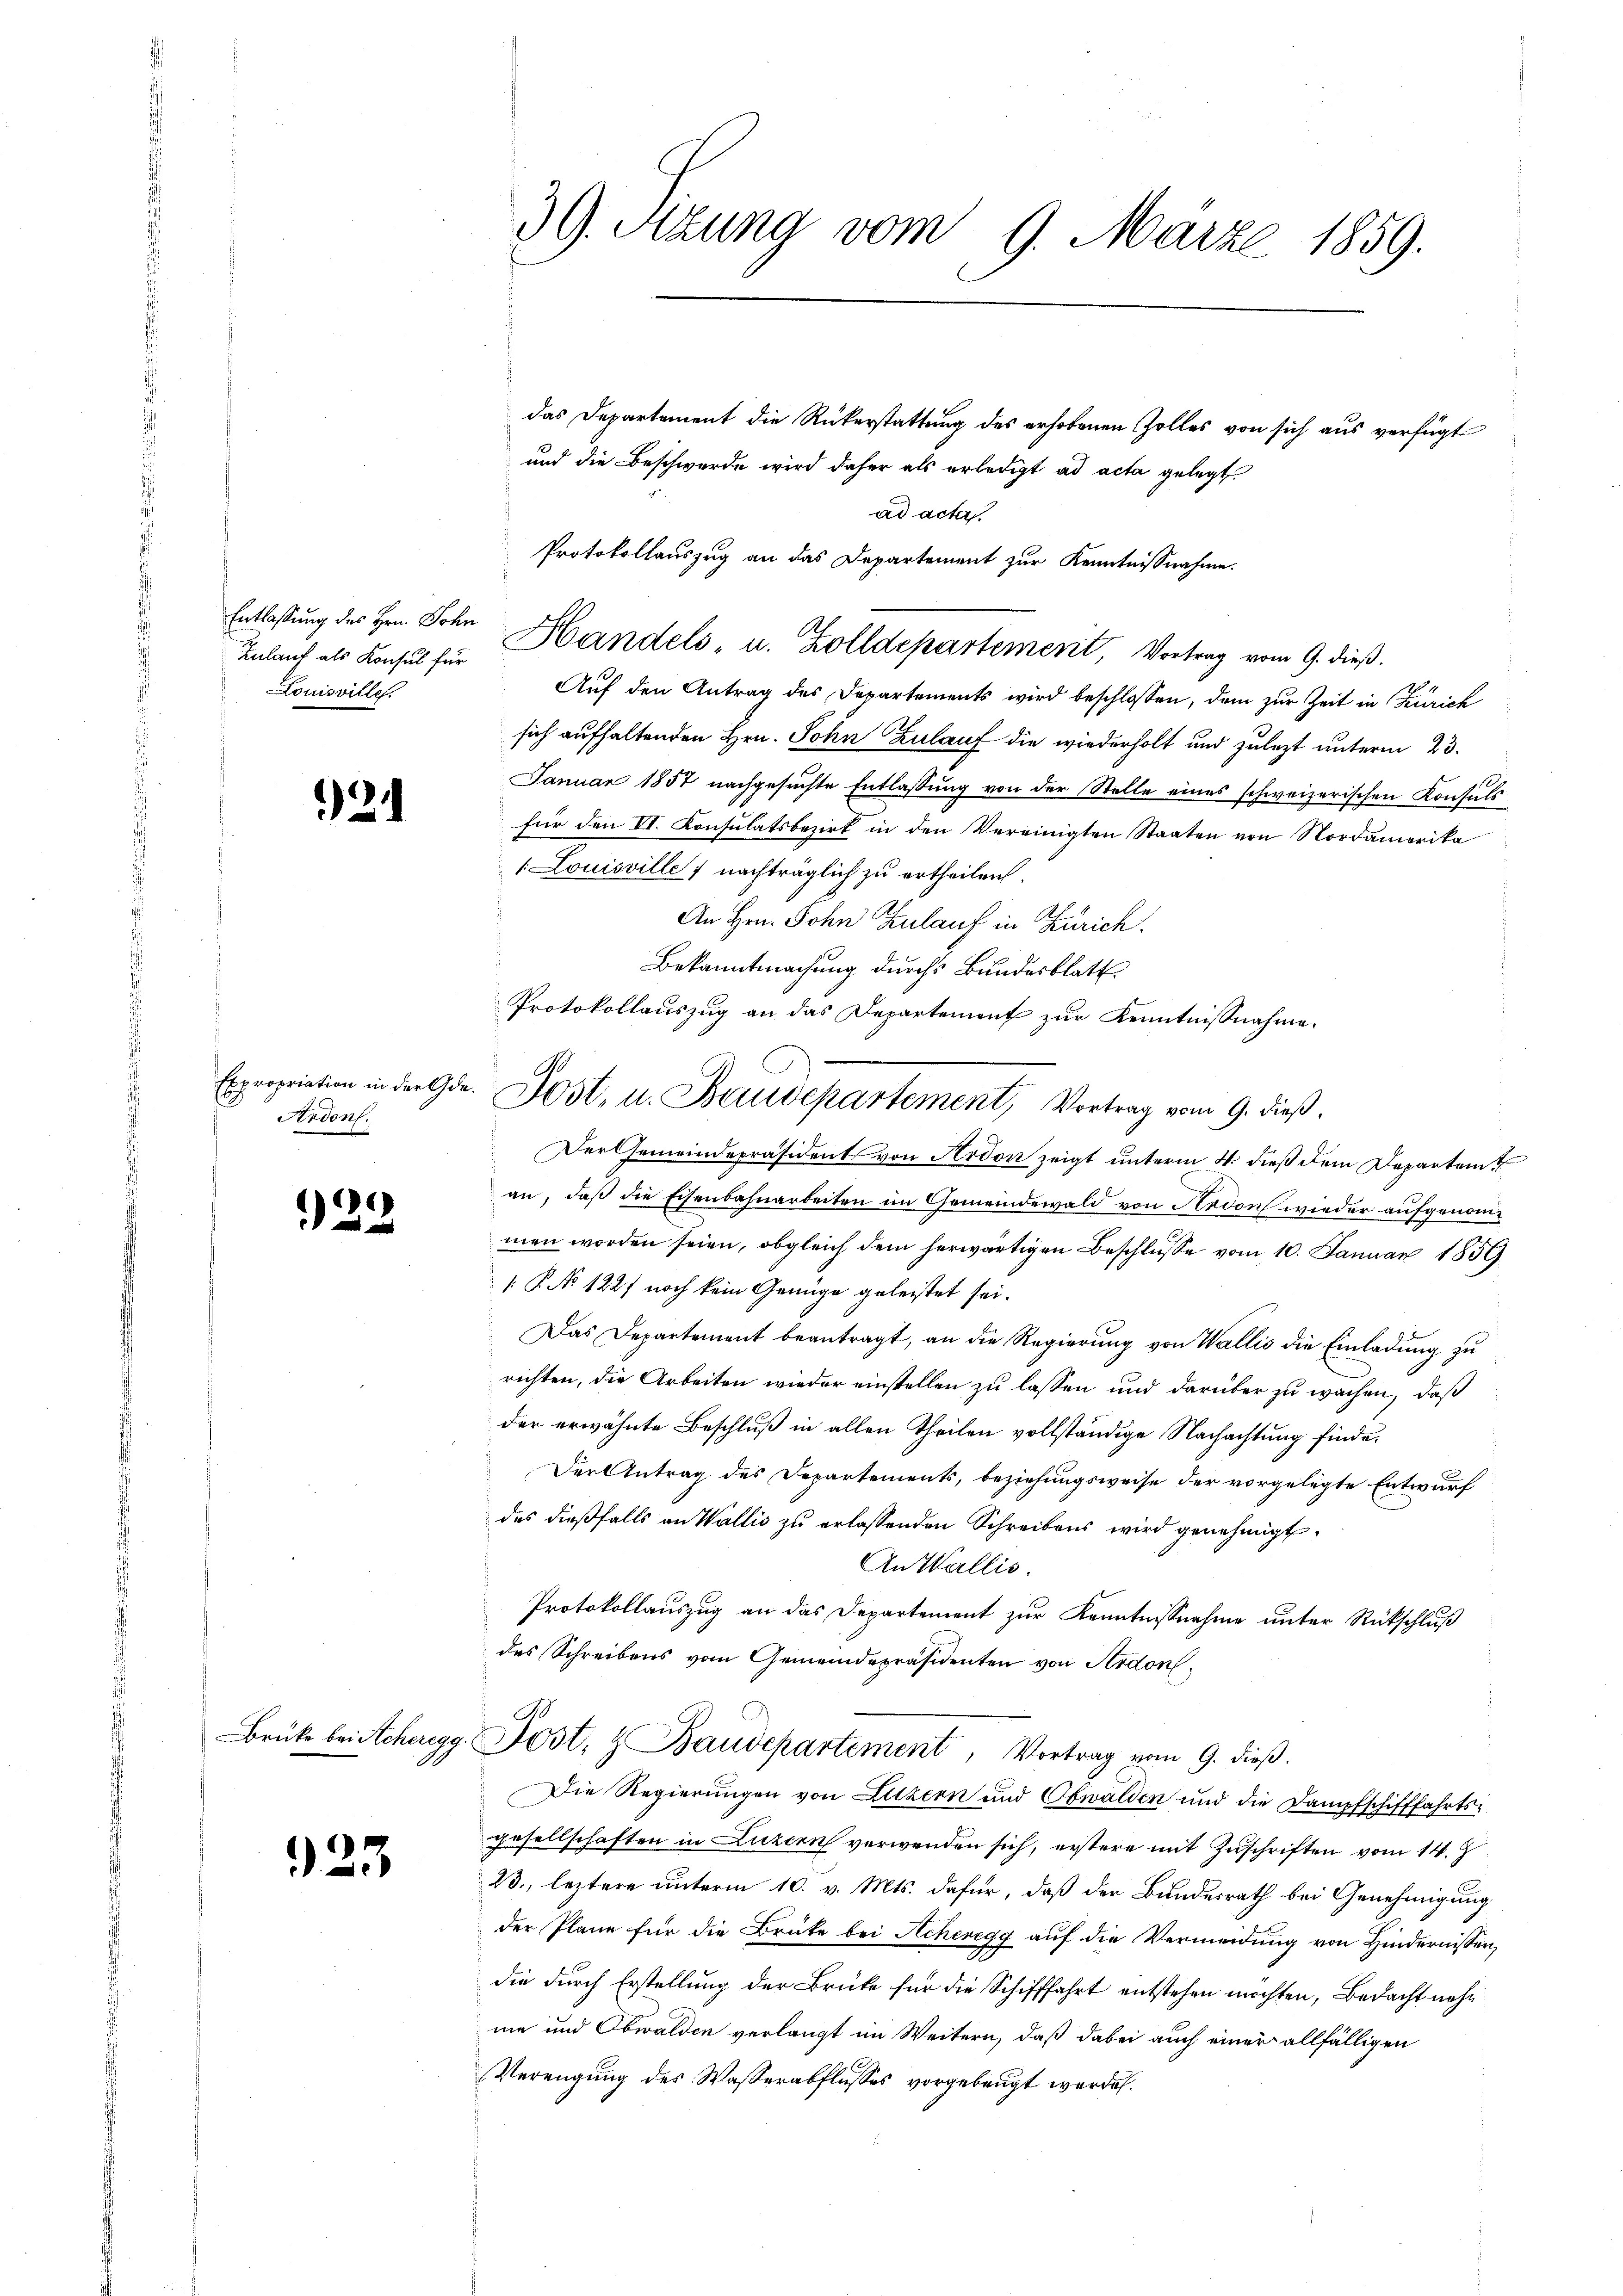
Zulauf als Konsul für
Louisville.

124

Expropriation in der Ge¬
Ardons.

923

Brüke bei Acheregg.

23

39. Sitzung vom 9. März 1859.

das Departement die Rükerstattung des erhobenen Zolles von sich aus verfügt
und die Beschwerde wird daher als erledigt ad acta gelegt
ad acta.
Aŭf den Antrag des Departements wird beschlossen, dem zur Zeit in Zürich
sich aufhaltenden Hrn. Sohn Zulauf die wiederholt und zulezt unterm 23.
Januar 1857 nachgesuchte Entlassung von der Stelle eines schweizerischen Konsuls
für den II. Konsulatsbezirk in den Vereinigten Staaten von Nordamerika
1 Louisville 7 nachträglich zu ertheilen.
An Hrn. John Zulauf in Zürich.
Bekanntmachung durchs Bundesblatt
Protokollauszug an das Departement zur Kenntnißnahme.
Der Gemeindepräsident von Ardon zeigt unterm 4. dieß dem Departent
an, daß die Eisenbahnarbeiten im Gemeindewald von Ardon wieder aufgenommen worden seien, obgleich dem herwärtigen Beschlüsse vom 10. Januar 1856
 P. No 1227 noch kein Genüge geleistet sei.
Das Departement beantragt, an die Regierung von Wallis die Einladung zu
richten, die Arbeiten wieder einstellen zu lassen und darüber zu wachen, daß
der erwähnte Beschluß in allen Theilen vollständige Nachachtung finde.
Der Antrag des Departements, beziehungsweise der vorgelegte Entwurf
des dießfalls an Wallis zu erlassenden Schreibens wird genehmigt.
An Wallis.
Protokollauszug an das Departement zur Kenntnißnahme unter Rückschluß
des Schreibens vom Gemeindepräsidenten von Ardon
Post, & Baudepartement, Vortrag vom 9. dieβ.
Die Regierungen von Luzern und Obwalden und die Dampfschifffahrtsgesellschaften in Luzern verwenden sich, erstere mit Zuschriften vom 14. J
23., leztere unterm 10. v. Mts. dafür, daß der Bundesrath bei Genehmigung
der Pläne für die Brüte bei Achenegg auf die Vermeidung von Hindernissen,
die durch Erstellung der Brüke für die Schifffahrt entstehen möchten, Bedacht nehme und Obwalden verlangt im Weitern, daß dabei auch einer allfälligen
Vereigung des Wasserabflusses vorgebeugt werden.

Protokollauszug an das Departement zur Kenntnißnahme.
Entlassung des Hrn. Sohn Handels- u. Zolldepartement, Vortrag vom 9. dieß.

Jost, u. Baudepartement, Vortrag vom 9. dieß.